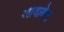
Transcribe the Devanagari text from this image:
आवाबेन